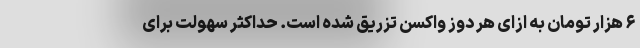
۶ هزار تومان به ازای هر دوز واکسن تزریق شده است. حداکثر سهولت برای